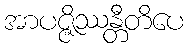
အာပဇ္ဇိဿန္တီတိပေ